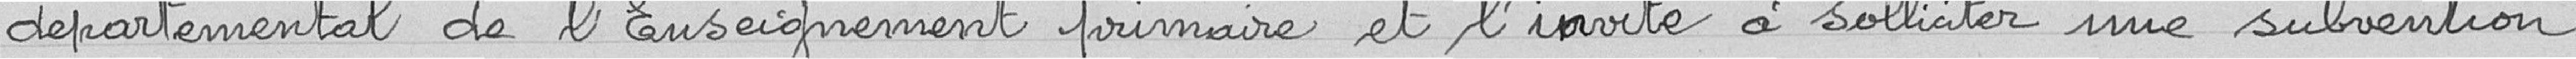
Départemental de l'Enseignement primaire et l'invite à solliciter une subvention